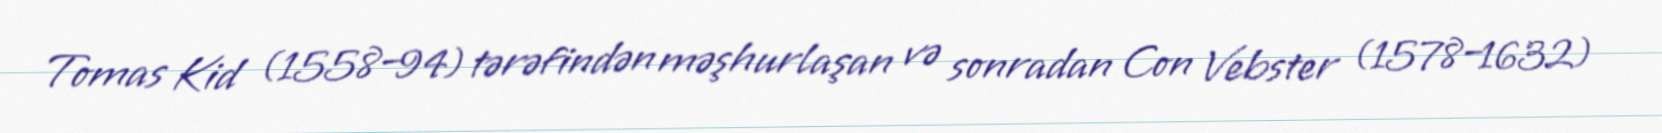
Tomas Kid (1558–94) tərəfindən məşhurlaşan və sonradan Con Vebster (1578–1632)